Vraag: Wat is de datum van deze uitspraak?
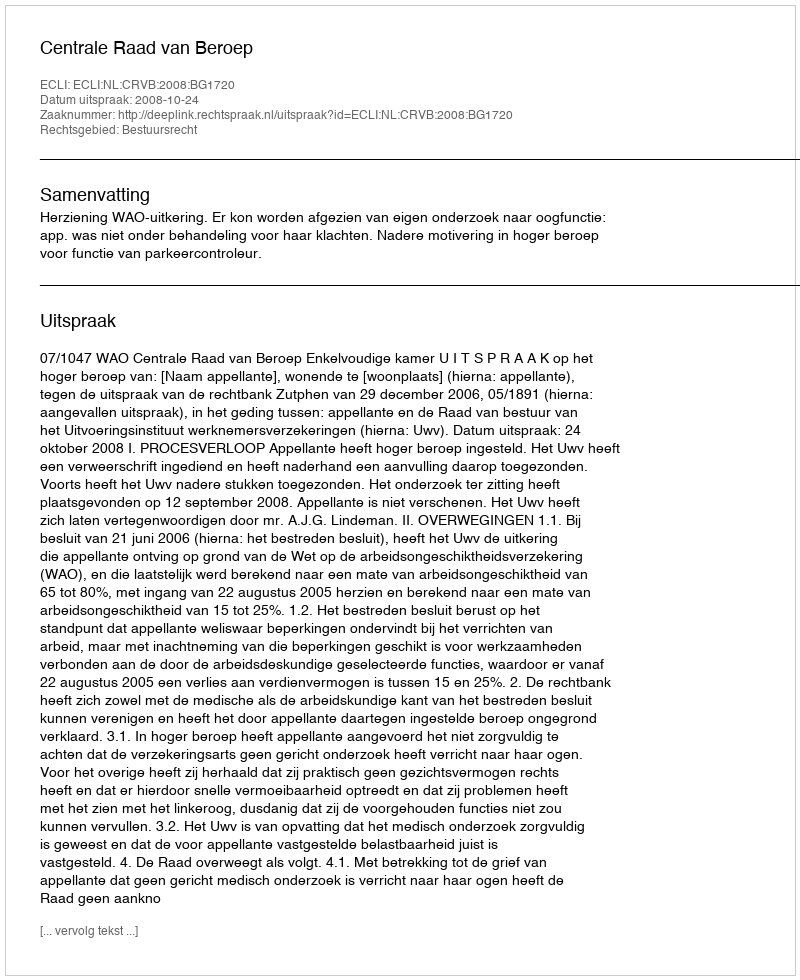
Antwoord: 2008-10-24